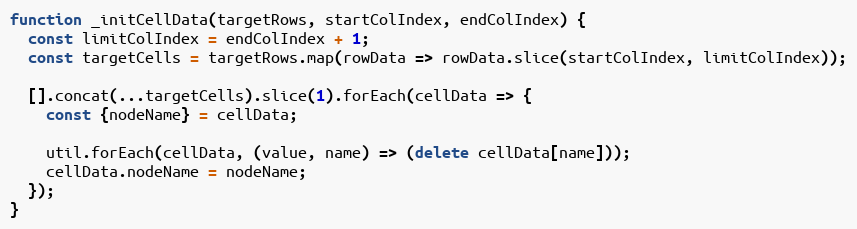
Language: JavaScript
function _initCellData(targetRows, startColIndex, endColIndex) {
  const limitColIndex = endColIndex + 1;
  const targetCells = targetRows.map(rowData => rowData.slice(startColIndex, limitColIndex));

  [].concat(...targetCells).slice(1).forEach(cellData => {
    const {nodeName} = cellData;

    util.forEach(cellData, (value, name) => (delete cellData[name]));
    cellData.nodeName = nodeName;
  });
}